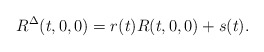
\begin{align*}R^{\Delta}(t,0,0)=r(t)R(t,0,0)+s(t).\end{align*}